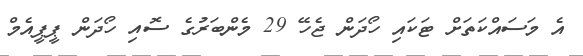
އެ މަސައްކަތަށް ޓަކައި ހޯދަން ޖެހޭ 29 މެންބަރުގެ ސޮއި ހޯދަން ޕީޕީއެމް